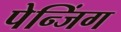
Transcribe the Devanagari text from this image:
पेन्जिंग